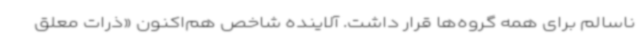
ناسالم برای همه گروه‌ها قرار داشت. آلاینده شاخص هم‌اکنون «ذرات معلق